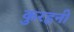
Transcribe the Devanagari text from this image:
कुरहनी